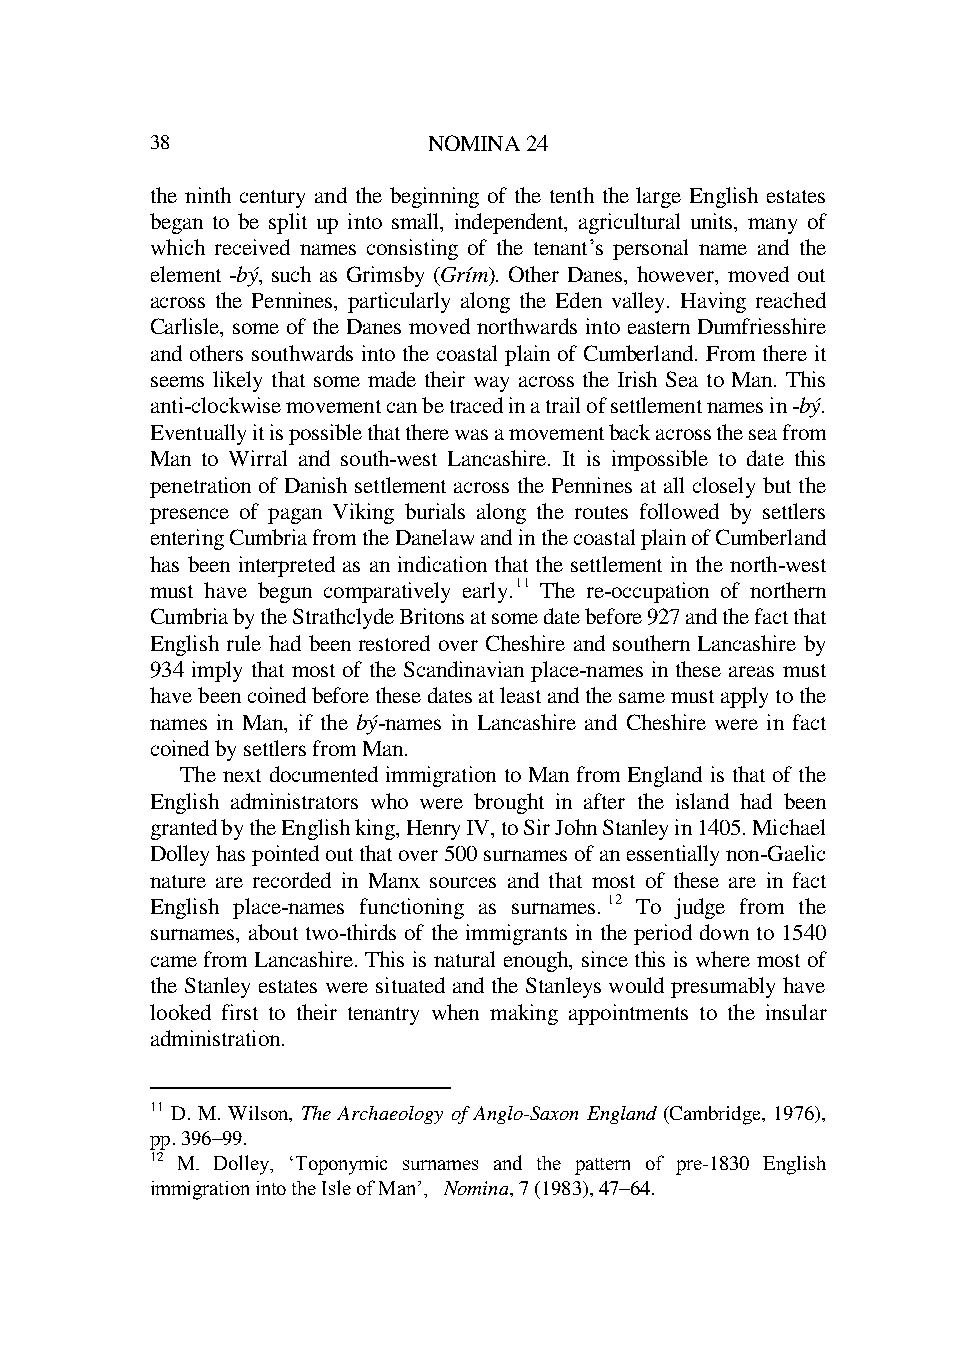
38                NOMINA 24
 the ninth century and the beginning of the tenth the large English estates
 began to be split up into small, independent, agricultural units, many of
 which received names consisting of the tenant’s personal name and the
 element -bý, such as Grimsby (Grím). Other Danes, however, moved out
 across the Pennines, particularly along the Eden valley. Having reached
 Carlisle, some of the Danes moved northwards into eastern Dumfriesshire
 and others southwards into the coastal plain of Cumberland. From there it
 seems likely that some made their way across the Irish Sea to Man. This
 anti-clockwise movement can be traced in a trail of settlement names in -bý.
 Eventually it is possible that there was a movement back across the sea from
 Man to Wirral and south-west Lancashire. It is impossible to date this
 penetration of Danish settlement across the Pennines at all closely but the
 presence of pagan Viking burials along the routes followed by settlers
 entering Cumbria from the Danelaw and in the coastal plain of Cumberland
 has been interpreted as an indication that the settlement in the north-west
 must have begun comparatively early.11 The re-occupation of northern
 Cumbria by the Strathclyde Britons at some date before 927 and the fact that
 English rule had been restored over Cheshire and southern Lancashire by
 934 imply that most of the Scandinavian place-names in these areas must
 have been coined before these dates at least and the same must apply to the
 names in Man, if the bý-names in Lancashire and Cheshire were in fact
 coined by settlers from Man.
 The next documented immigration to Man from England is that of the
 English administrators who were brought in after the island had been
 granted by the English king, Henry IV, to Sir John Stanley in 1405. Michael
 Dolley has pointed out that over 500 surnames of an essentially non-Gaelic
 nature are recorded in Manx sources and that most of these are in fact
 English place-names functioning as surnames.12 To judge from the
 surnames, about two-thirds of the immigrants in the period down to 1540
 came from Lancashire. This is natural enough, since this is where most of
 the Stanley estates were situated and the Stanleys would presumably have
 looked first to their tenantry when making appointments to the insular
 administration.
 11 D. M. Wilson, The Archaeology of Anglo-Saxon England (Cambridge, 1976),
 pp. 396–99.
 12 M. Dolley, ‘Toponymic surnames and the pattern of pre-1830 English
 immigration into the Isle of Man’, Nomina, 7 (1983), 47–64.